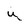
Character: u